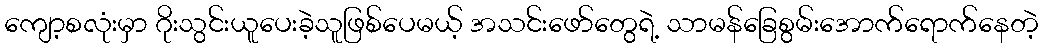
ကျော့စလုံးမှာ ဂိုးသွင်းယူပေးခဲ့သူဖြစ်ပေမယ့် အသင်းဖော်တွေရဲ့ သာမန်ခြေစွမ်းအောက်ရောက်နေတဲ့